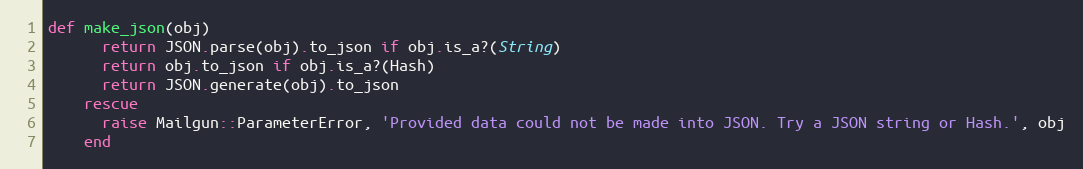
Language: Ruby
def make_json(obj)
      return JSON.parse(obj).to_json if obj.is_a?(String)
      return obj.to_json if obj.is_a?(Hash)
      return JSON.generate(obj).to_json
    rescue
      raise Mailgun::ParameterError, 'Provided data could not be made into JSON. Try a JSON string or Hash.', obj
    end